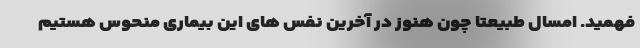
فهمید. امسال طبیعتا چون هنوز در آخرین نفس های این بیماری منحوس هستیم